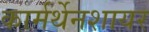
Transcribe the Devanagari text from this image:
कार्मर्थेनशायर